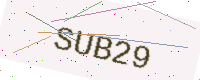
Text: SUB29